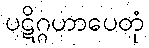
ပဋိဂ္ဂဟာပေတုံ